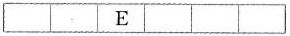
\Box\Box\boxed{E}\Box\Box\Box